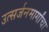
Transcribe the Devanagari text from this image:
उत्सर्जनमार्गांचा